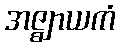
အဇ္ဈာယကံ